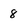
Character: 8